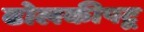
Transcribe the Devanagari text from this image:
ढोलकीपटू